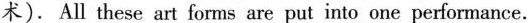
术).All these art forms are put into one performance.